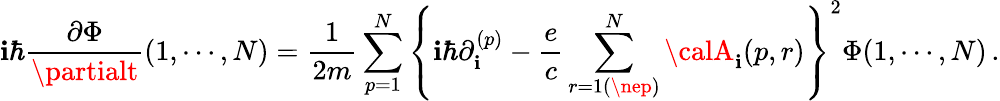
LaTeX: \mathbf{i}\hbar{\frac{{\partial\Phi}}{{\partialt}}}(1,\cdots,N)={\frac{{1}}{{2m}}}\sum_{p=1}^{N}\left\{ \mathbf{i}\hbar\partial_{\mathbf{i}}^{(p)}-{\frac{{e}}{{c}}}\sum_{r=1(\nep)}^{N}{\calA}_{\mathbf{i}}(p,r)\right\} ^{2}\Phi(1,\cdots,N)\, .